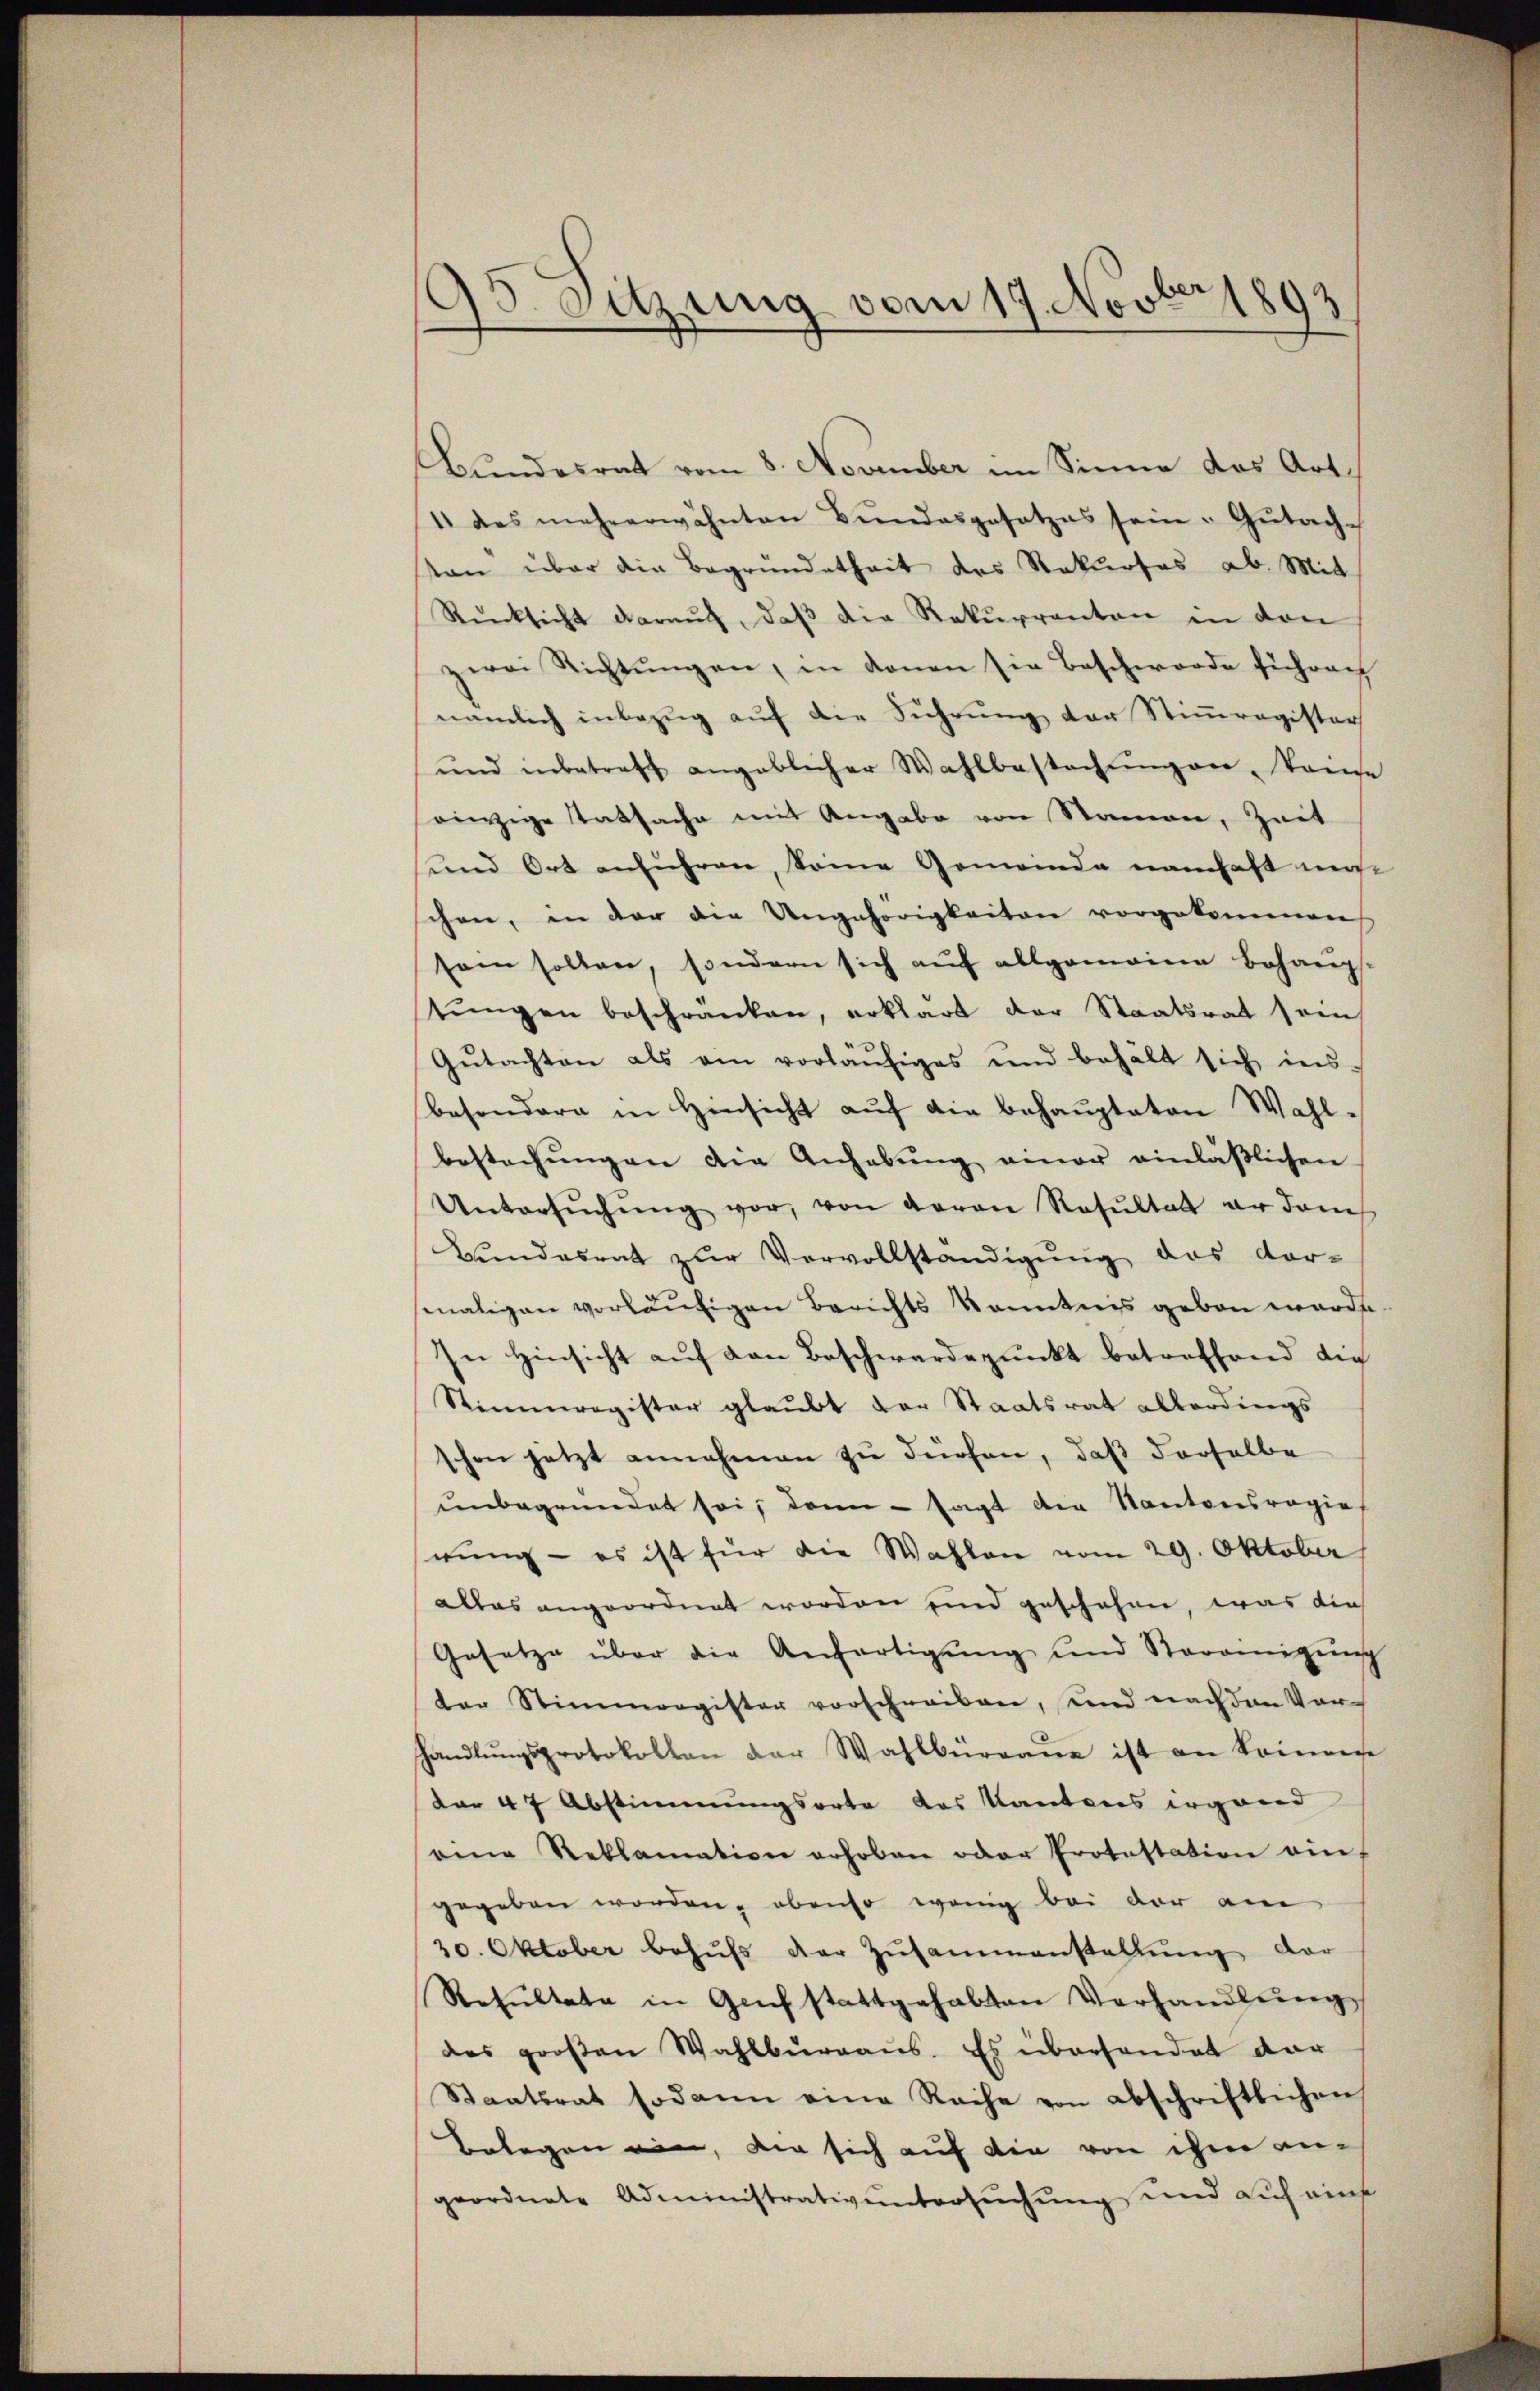
95. Sitzung vom 19. Novber 1893

Bundesrat vom 8. November im Sinne das Art.
1 des mehrerwähnten Bŭndesgesetzes sein. Gŭtachsan über die Begründetheit des Rekurses ab. Mit
Rücksicht daraŭf, daβ die Rekurrenten in den
zwei Richtungen, in denen sie Beschwerde führoch
nämlich inbezŭg aŭf die Führŭng der Stiṁregister
ŭnd inbetreff angeblicher Wahlbestachŭngen, Kaise
einzige Tatsache mit Angabe von Namen, Zeit
sund Ort anführen, seine Gemeinde namhaft ma
schon, in der die Ungehörigkeiten vorgekommen
sam sollen, sondern sich aŭf allgemeine Behaup-
tŭngen beschränken, erklärt der Staatsrat sein
Gŭtachten als am vorläŭfiges und behält sich ins-
besondere in Hinsicht aŭf die behaŭptaten Wahl-
bestechŭngen die Anhebŭng einer einläβlichen
Untersŭchŭng vor, von Baron Resŭltat er dam
Bŭndesrat zŭr Vervollständigŭng des vor-
maligen vorläufigen Berichts kanntnis geben werde.
In Hinsicht auf den Beschwerdepunkt betreffend die
Stimmregister glaubt der Staatsrat allerdings
schon jetzt annehmen zu dürfen, daß derselbe
unbegründet sei; dann - sagt der Kantonsregie
rung - es ist für die Wahlen vom 29. Oktober
alles angeordnet worden sind geschehen, was die
Gesetze über die Anfertigŭng und Vereinigŭng
der Stimmergister vorschreiben, und nach den Vor
handlŭngsprotokollen der Wahlbürgane ist an keinen
Dar 47 Abstimmungsorte das Kantons irgend
eine Reklamation erhoben oder Protestation ein
gegeben worden, obenso wenig bei der am
30. Oktober behŭfs der Zusammenstallŭng der
Resultate in Genf stattgehabten Verhandlung
des großen Wahlbŭrgaŭs. Es überhandet dar
Staatsrat sodann eine Rache von abschriftlichen
Belegen ein, die sich auf die von ihm angeordnete Administrativ untersuchung und auf eine